Leaving Certificate Examination, 1914
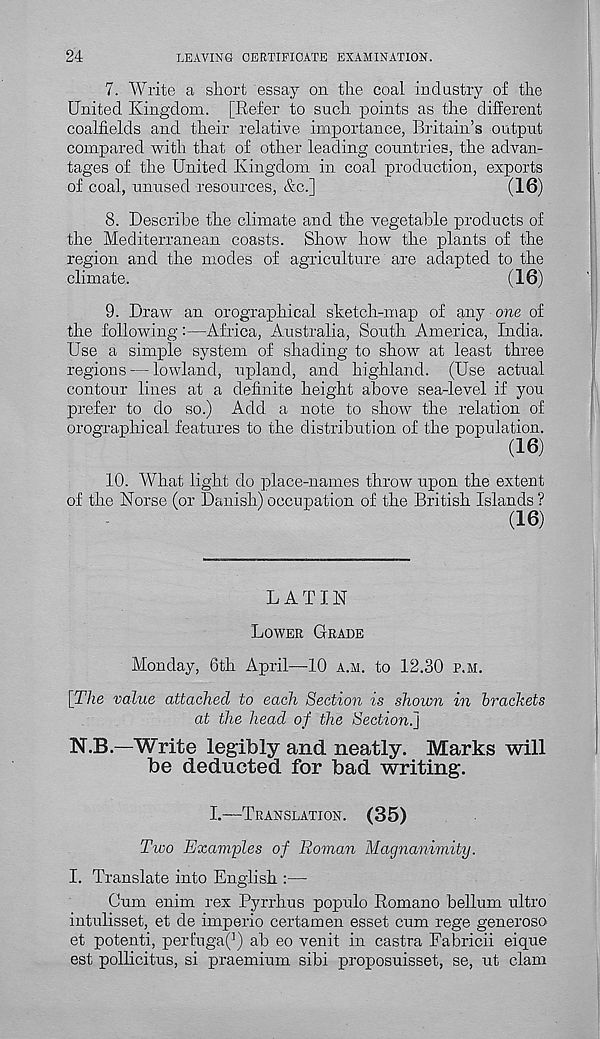
24
LEAVING CERTIFICATE EXAMINATION.
7. Write a short essay on the coal industry of the
United Kingdom. [Refer to such points as the different
coalfields and their relative importance, Britain’s output
compared with that of other leading countries, the advan-
tages of the United Kingdom in coal production, exports
of coal, unused resources, &c.]
(16)
8. Describe the climate and the vegetable products of
the Mediterranean coasts. Show how the plants of the
region and the modes of agriculture are adapted to the
climate.
(16)
9. Draw an orographical sketch-map of any one of
the following:—Africa, Australia, South America, India.
Use a simple system of shading to show at least three
regions — lowland, upland, and highland. (Use actual
contour lines at a definite height above sea-level if you
prefer to do so.) Add a note to show the relation of
orographical features to the distribution of the population.
(16)
10. What light do place-names throw upon the extent
of the Norse (or Danish) occupation of the British Islands ?
(16)
LATIN
LOWER GRADE
Monday, 6th April—10 A.M. to 12.30 P.M.
\The value attached to each Section is shown in brachets
at the head of the Section.]
N.B.—Write legibly and neatly. Marks will
be deducted for bad writing.
I.—TRANSLATION.
(35)
Two Examples of Roman Magnanimity.
I. Translate into English :—
Cum enim rex Pyrrhus populo Romano helium ultro
intulisset, et de imperio certamen esset cum rege generoso
et potenti, perfuga^) ab eo venit in castra Fabricii eique
est pollicitus, si praemium sibi proposuisset, se, ut clam